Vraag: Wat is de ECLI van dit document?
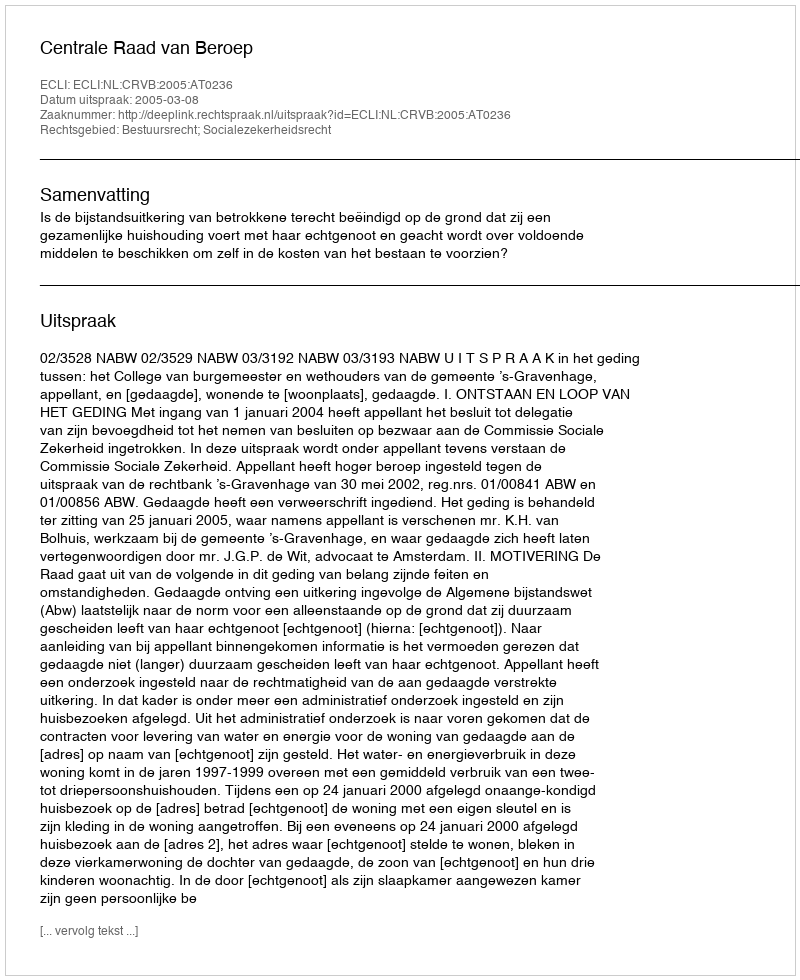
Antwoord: ECLI:NL:CRVB:2005:AT0236